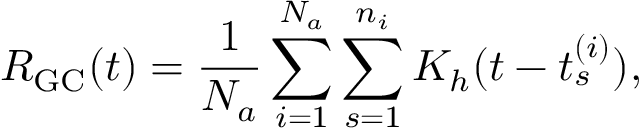
R _ { \mathrm { { G C } } } ( t ) = \frac { 1 } { N _ { a } } \sum _ { i = 1 } ^ { N _ { a } } \sum _ { s = 1 } ^ { n _ { i } } K _ { h } ( t - t _ { s } ^ { ( i ) } ) ,